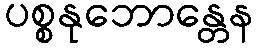
ပစ္စနုဘောန္တေန